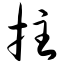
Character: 拄